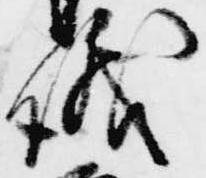
議